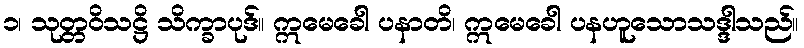
၁၊ သုတ္တဝိသဋ္ဌိ သိက္ခာပုဒ်။ ဣမေခေါ ပနာတိ၊ ဣမေခေါ ပနဟူသောသဒ္ဒါသည်။